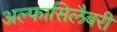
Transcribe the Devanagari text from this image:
अल्फासिलैबरी